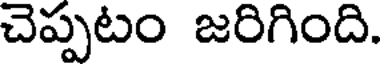
చెప్పటం జరిగింది.